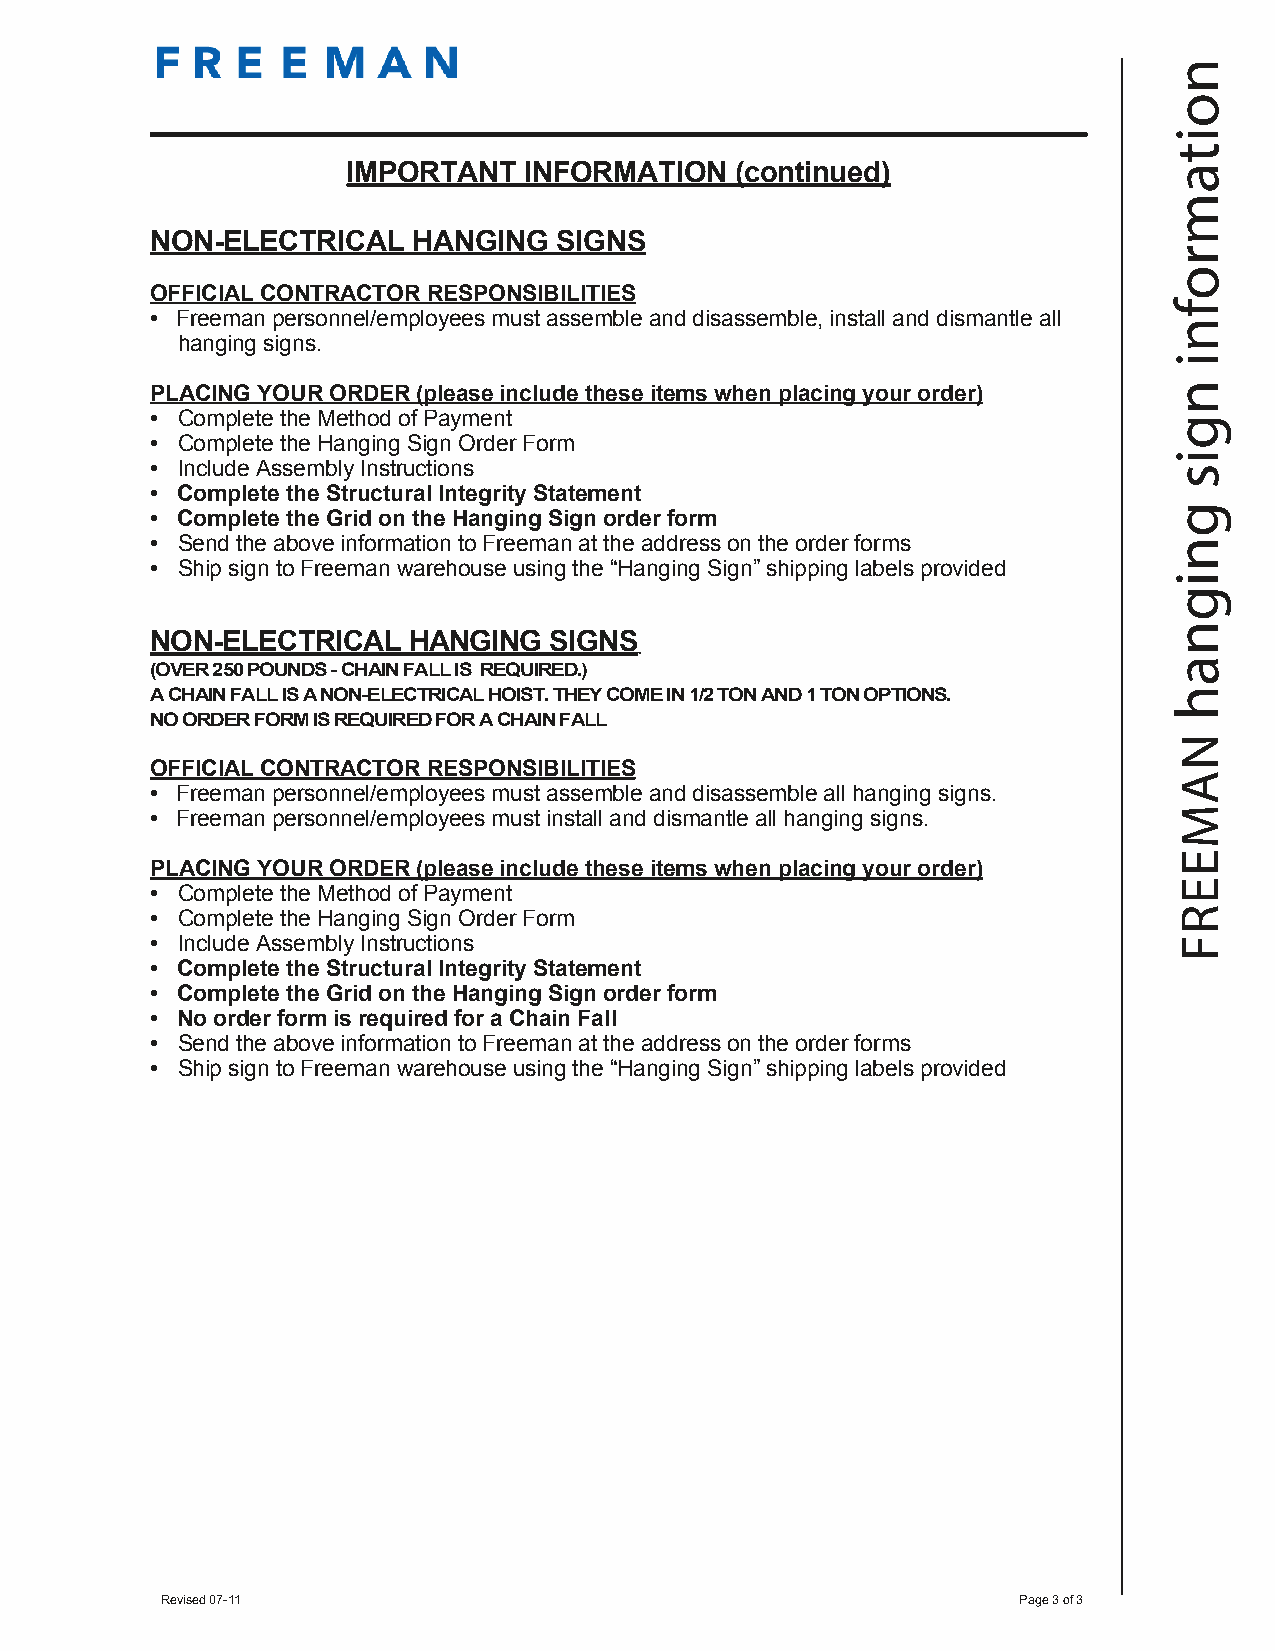
n
 o
 i
 t
 IMPORTANT   INFORMATION   (continued)                 a
 m
 NON-ELECTRICAL   HANGING   SIGNS
 r
 o
 OFFICIAL CONTRACTOR RESPONSIBILITIES
 f
 • Freeman personnel/employees must assemble and disassemble, install and dismantle all
 n
 hanging signs.
 i
 PLACING YOUR ORDER (please include these items when placing your order) n
 • Complete the Method of Payment
 g
 • Complete the Hanging Sign Order Form
 i
 • Include Assembly Instructions                                    s
 • Complete the Structural Integrity Statement
 • Complete the Grid on the Hanging Sign order form                 g
 • Send the above information to Freeman at the address on the order forms n
 • Ship sign to Freeman warehouse using the “Hanging Sign” shipping labels provided
 i
 g
 n
 NON-ELECTRICAL   HANGING  SIGNS
 (OVER 250 POUNDS - CHAIN FALL IS REQUIRED.)                        a
 A CHAIN FALL IS A NON-ELECTRICAL HOIST. THEY COME IN 1/2 TON AND 1 TON OPTIONS. h
 NO ORDER FORM IS REQUIRED FOR A CHAIN FALL
 N
 OFFICIAL CONTRACTOR RESPONSIBILITIES
 A
 • Freeman personnel/employees must assemble and disassemble all hanging signs.
 • Freeman personnel/employees must install and dismantle all hanging signs. M
 E
 PLACING YOUR ORDER (please include these items when placing your order)
 • Complete the Method of Payment                                    E
 • Complete the Hanging Sign Order Form                              R
 • Include Assembly Instructions                                     F
 • Complete the Structural Integrity Statement
 • Complete the Grid on the Hanging Sign order form
 • No order form is required for a Chain Fall
 • Send the above information to Freeman at the address on the order forms
 • Ship sign to Freeman warehouse using the “Hanging Sign” shipping labels provided
 Revised 07-11                                           Page 3 of 3